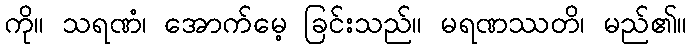
ကို။ သရဏံ၊ အောက်မေ့ ခြင်းသည်။ မရဏဿတိ၊ မည်၏။